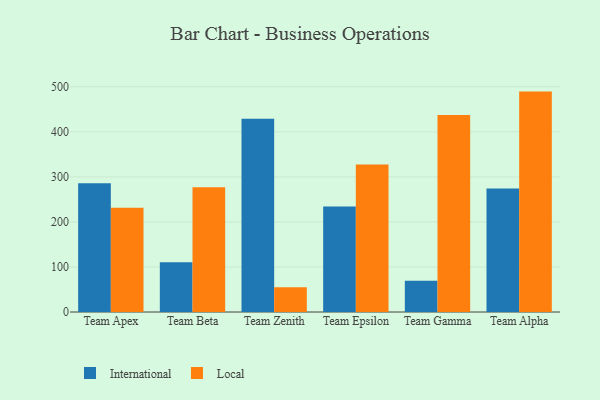
{"axis": {"x": "Team", "y": "Population (Million)"}, "legend": ["International", "Local"], "data": [{"x": "Team Apex", "y": 285.8, "type": "International"}, {"x": "Team Apex", "y": 231.4, "type": "Local"}, {"x": "Team Beta", "y": 110.7, "type": "International"}, {"x": "Team Beta", "y": 277.1, "type": "Local"}, {"x": "Team Zenith", "y": 428.9, "type": "International"}, {"x": "Team Zenith", "y": 54.8, "type": "Local"}, {"x": "Team Epsilon", "y": 234.2, "type": "International"}, {"x": "Team Epsilon", "y": 327.5, "type": "Local"}, {"x": "Team Gamma", "y": 69.4, "type": "International"}, {"x": "Team Gamma", "y": 437.2, "type": "Local"}, {"x": "Team Alpha", "y": 273.9, "type": "International"}, {"x": "Team Alpha", "y": 489.3, "type": "Local"}]}